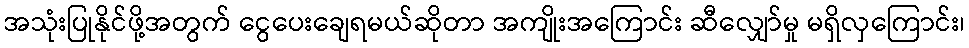
အသုံးပြုနိုင်ဖို့အတွက် ငွေပေးချေရမယ်ဆိုတာ အကျိုးအကြောင်း ဆီလျှော်မှု မရှိလှကြောင်း၊